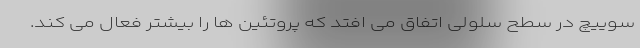
سوییچ در سطح سلولی اتفاق می افتد که پروتئین ها را بیشتر فعال می کند.